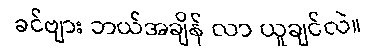
ခင်ဗျား ဘယ်အချိန် လာ ယူချင်လဲ။